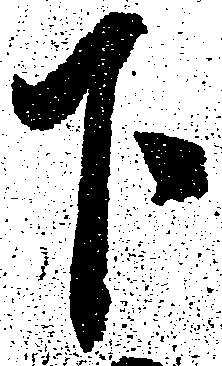
下